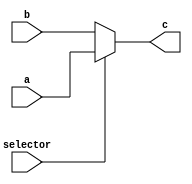
module T12_multiplexer_with_always (
    input a, b, selector,
    output reg c);

    always @(a or b or selector) begin
        c = selector ? a : b;
    end
endmodule

module T12_Tb_multiplexer_with_always;

    reg a, b, selector;
    wire c;
    integer i;

    T12_multiplexer_with_always Tb (.a(a), .b(b), .selector(selector), .c(c));

    initial begin

        {a, b, selector} <= 0;

        $monitor("a :%0b b :%0b selector :%0b c :%0b", a, b, selector, c);

        for (i = 0; i <= 8; i = i + 1) begin
            {a, b, selector} = i;
            #10;            
        end
    end    
endmodule